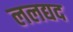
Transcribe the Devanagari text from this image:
ललद्यद